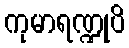
ကုမာရဏ္ဍုပိ